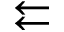
\leftleftarrows